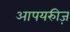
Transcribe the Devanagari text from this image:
आपयरुीज़